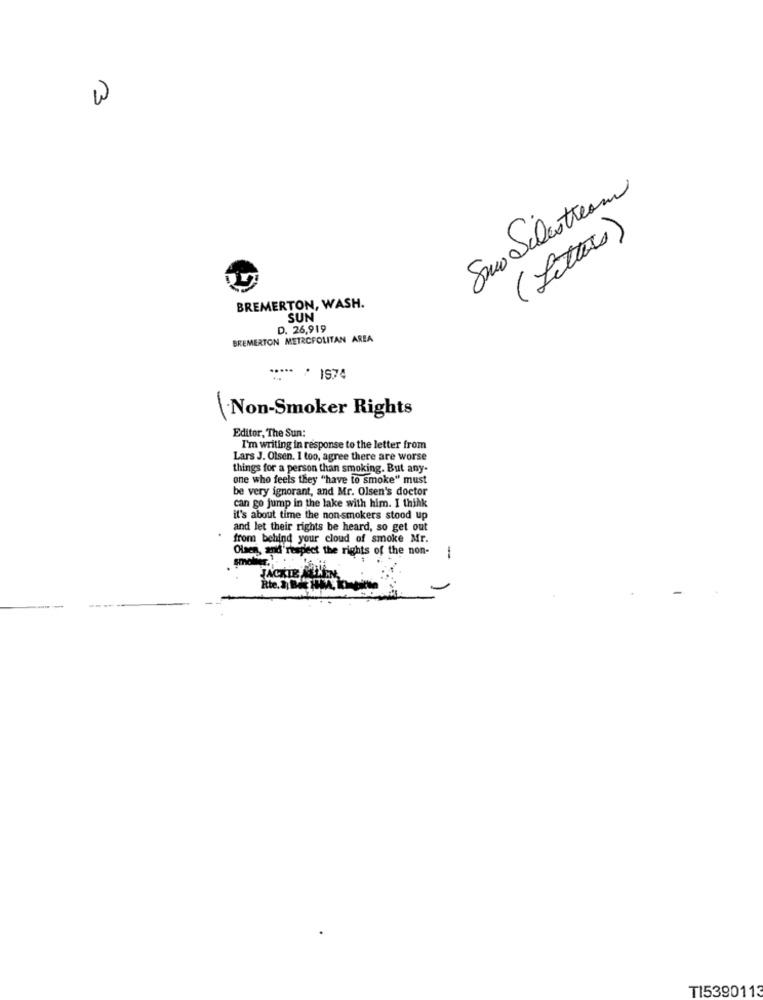
W
Suo Silistream
( Letters)
BREMERTON, WASH.
SUN
D. 26,919
BREMERTON METROPOLITAN AREA
***** : 1974
Non-Smoker Rights
Editor, The Sun:
I'm writing in response to the letter from
Lars J. Olsen. I too, agree there are worse
things for a person than smoking. But any-
one who feels they "have to smoke" must
be very ignorant, and Mr. Olsen's doctor
can go jump in the lake with him. I think
it's about time the non-smokers stood up
and let their rights be heard, so get out
from behind your cloud of smoke Mr.
Olsen, and'respect the rights of the non-
1
TI5390113